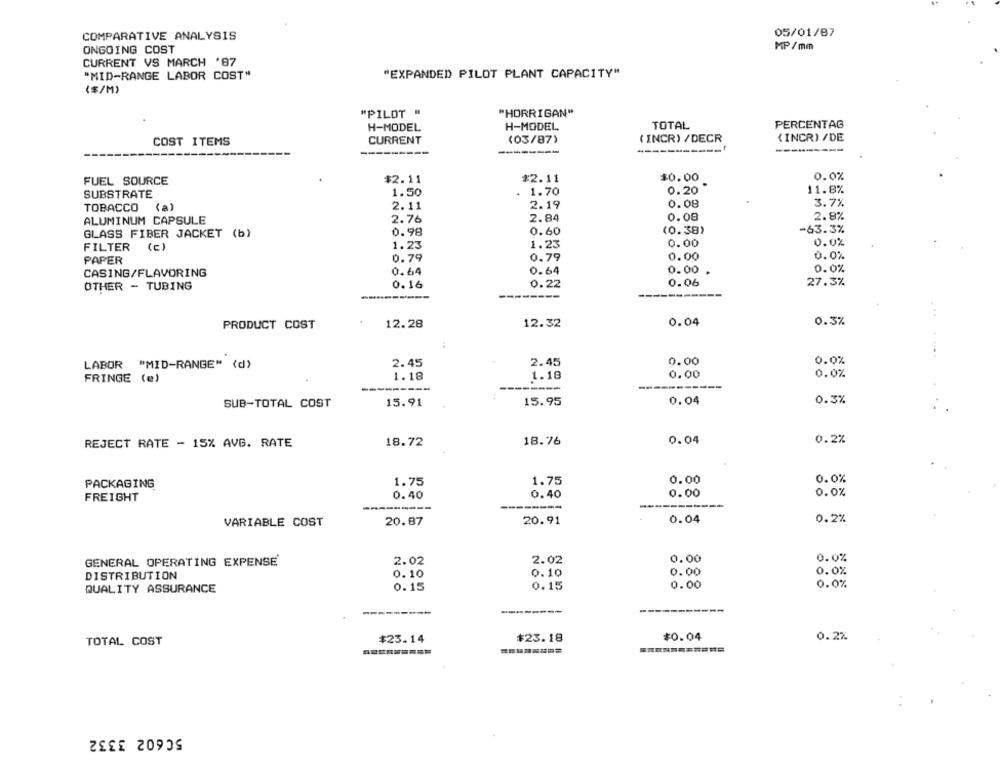
COMPARATIVE ANALYSIS
05/01/87
MP / mm
ONGOING COST
CURRENT VS MARCH '87
"MID-RANGE LABOR COST"
"EXPANDED PILOT PLANT CAPACITY"
($/M)
"PILOT
"HORRIGAN"
H-MODEL
H-MODEL
TOTAL
PERCENTAG
(03/87)
( INCR) /DECR
(INCR) /DE
COST ITEMS
CURRENT
--------
-----------
$0.00
0.0%
FUEL SOURCE
$2.11
$2.11
1.50
1.70
0.20
11.8%
SUBSTRATE
TOBACCO
(a)
2.11
2.19
0.08
3.7%
ALUMINUM CAPSULE
2.76
2.84
0.08
2.8%
0.60
(0.38)
-63.3%
GLASS FIBER JACKET (b)
0.98
1.23
1.23
0.00
0.0%
FILTER
(C )
PAPER
0.79
0.79
0.00
0.0%
0.0%
CASING/FLAVORING
0.64
0.64
0.00
0.22
0.06
27.3%
OTHER - TUBING
0.16
--------
------
0.04
0.3%
PRODUCT COST
12.28
12.32
0.00
0.0%
LABOR
"MID-RANGE" (d)
2.45
2.45
1.18
1.18
0.00
0.0%
FRINGE (e)
--------
--
----
SUB-TOTAL COST
15.91
15.95
0.04
0.3%
REJECT RATE - 15% AVG. RATE
18.72
18.76
0.04
0.2%
1.75
1.75
0.00
0.0%
PACKAGING
FREIGHT
0.40
0.40
0.00
0.0%
20.87
20.91
0.04
0.2%
VARIABLE COST
2.02
0.00
0.0%
GENERAL OPERATING EXPENSE
2.02
DISTRIBUTION
0.10
0.10
0.00
0.0%
QUALITY ASSURANCE
0. 15
0.15
0.00
0.0%
-----
¥23.18
$0.04
0.2%.
TOTAL COST
$23.14
ZEEE 20090